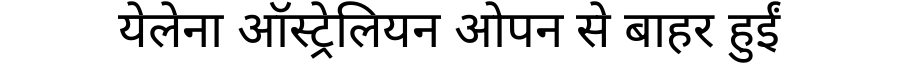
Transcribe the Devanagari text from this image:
येलेना ऑस्ट्रेलियन ओपन से बाहर हुईं